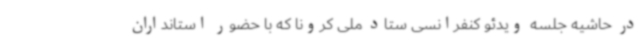
در حاشیه جلسه ویدئو کنفرانسی ستاد ملی کرونا که با حضور استانداران